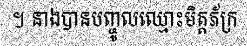
។ នាងបានបញ្ចូលឈ្មោះមិត្តភ័ក្រ